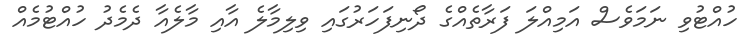
ހުއްޓުވި ނަމަވެސް އަމިއްލަ ފަރާތެއްގެ ދޯނިފަހަރުގައި ވިލިމާލެ އާއި މާލެއާ ދެމެދު ހުއްޓުމެއް